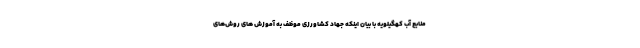
منابع آب کهگیلویه با بیان اینکه جهاد کشاورزی موظف به آموزش های روش‌های